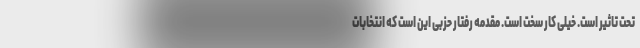
تحت تاثیر است. خیلی کار سخت است. مقدمه رفتار حزبی این است که انتخابات